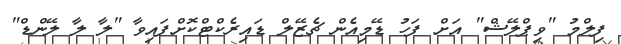
ފިލްމު "ވިޕްލޭޝް" އަށް ފަހު ޑޭމިއެން ޗެޒޭލް ޑައިރެކްޓްކޮށްފައިވާ "ލާ ލާ ލޭންޑް"